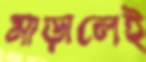
মাড়ালেই